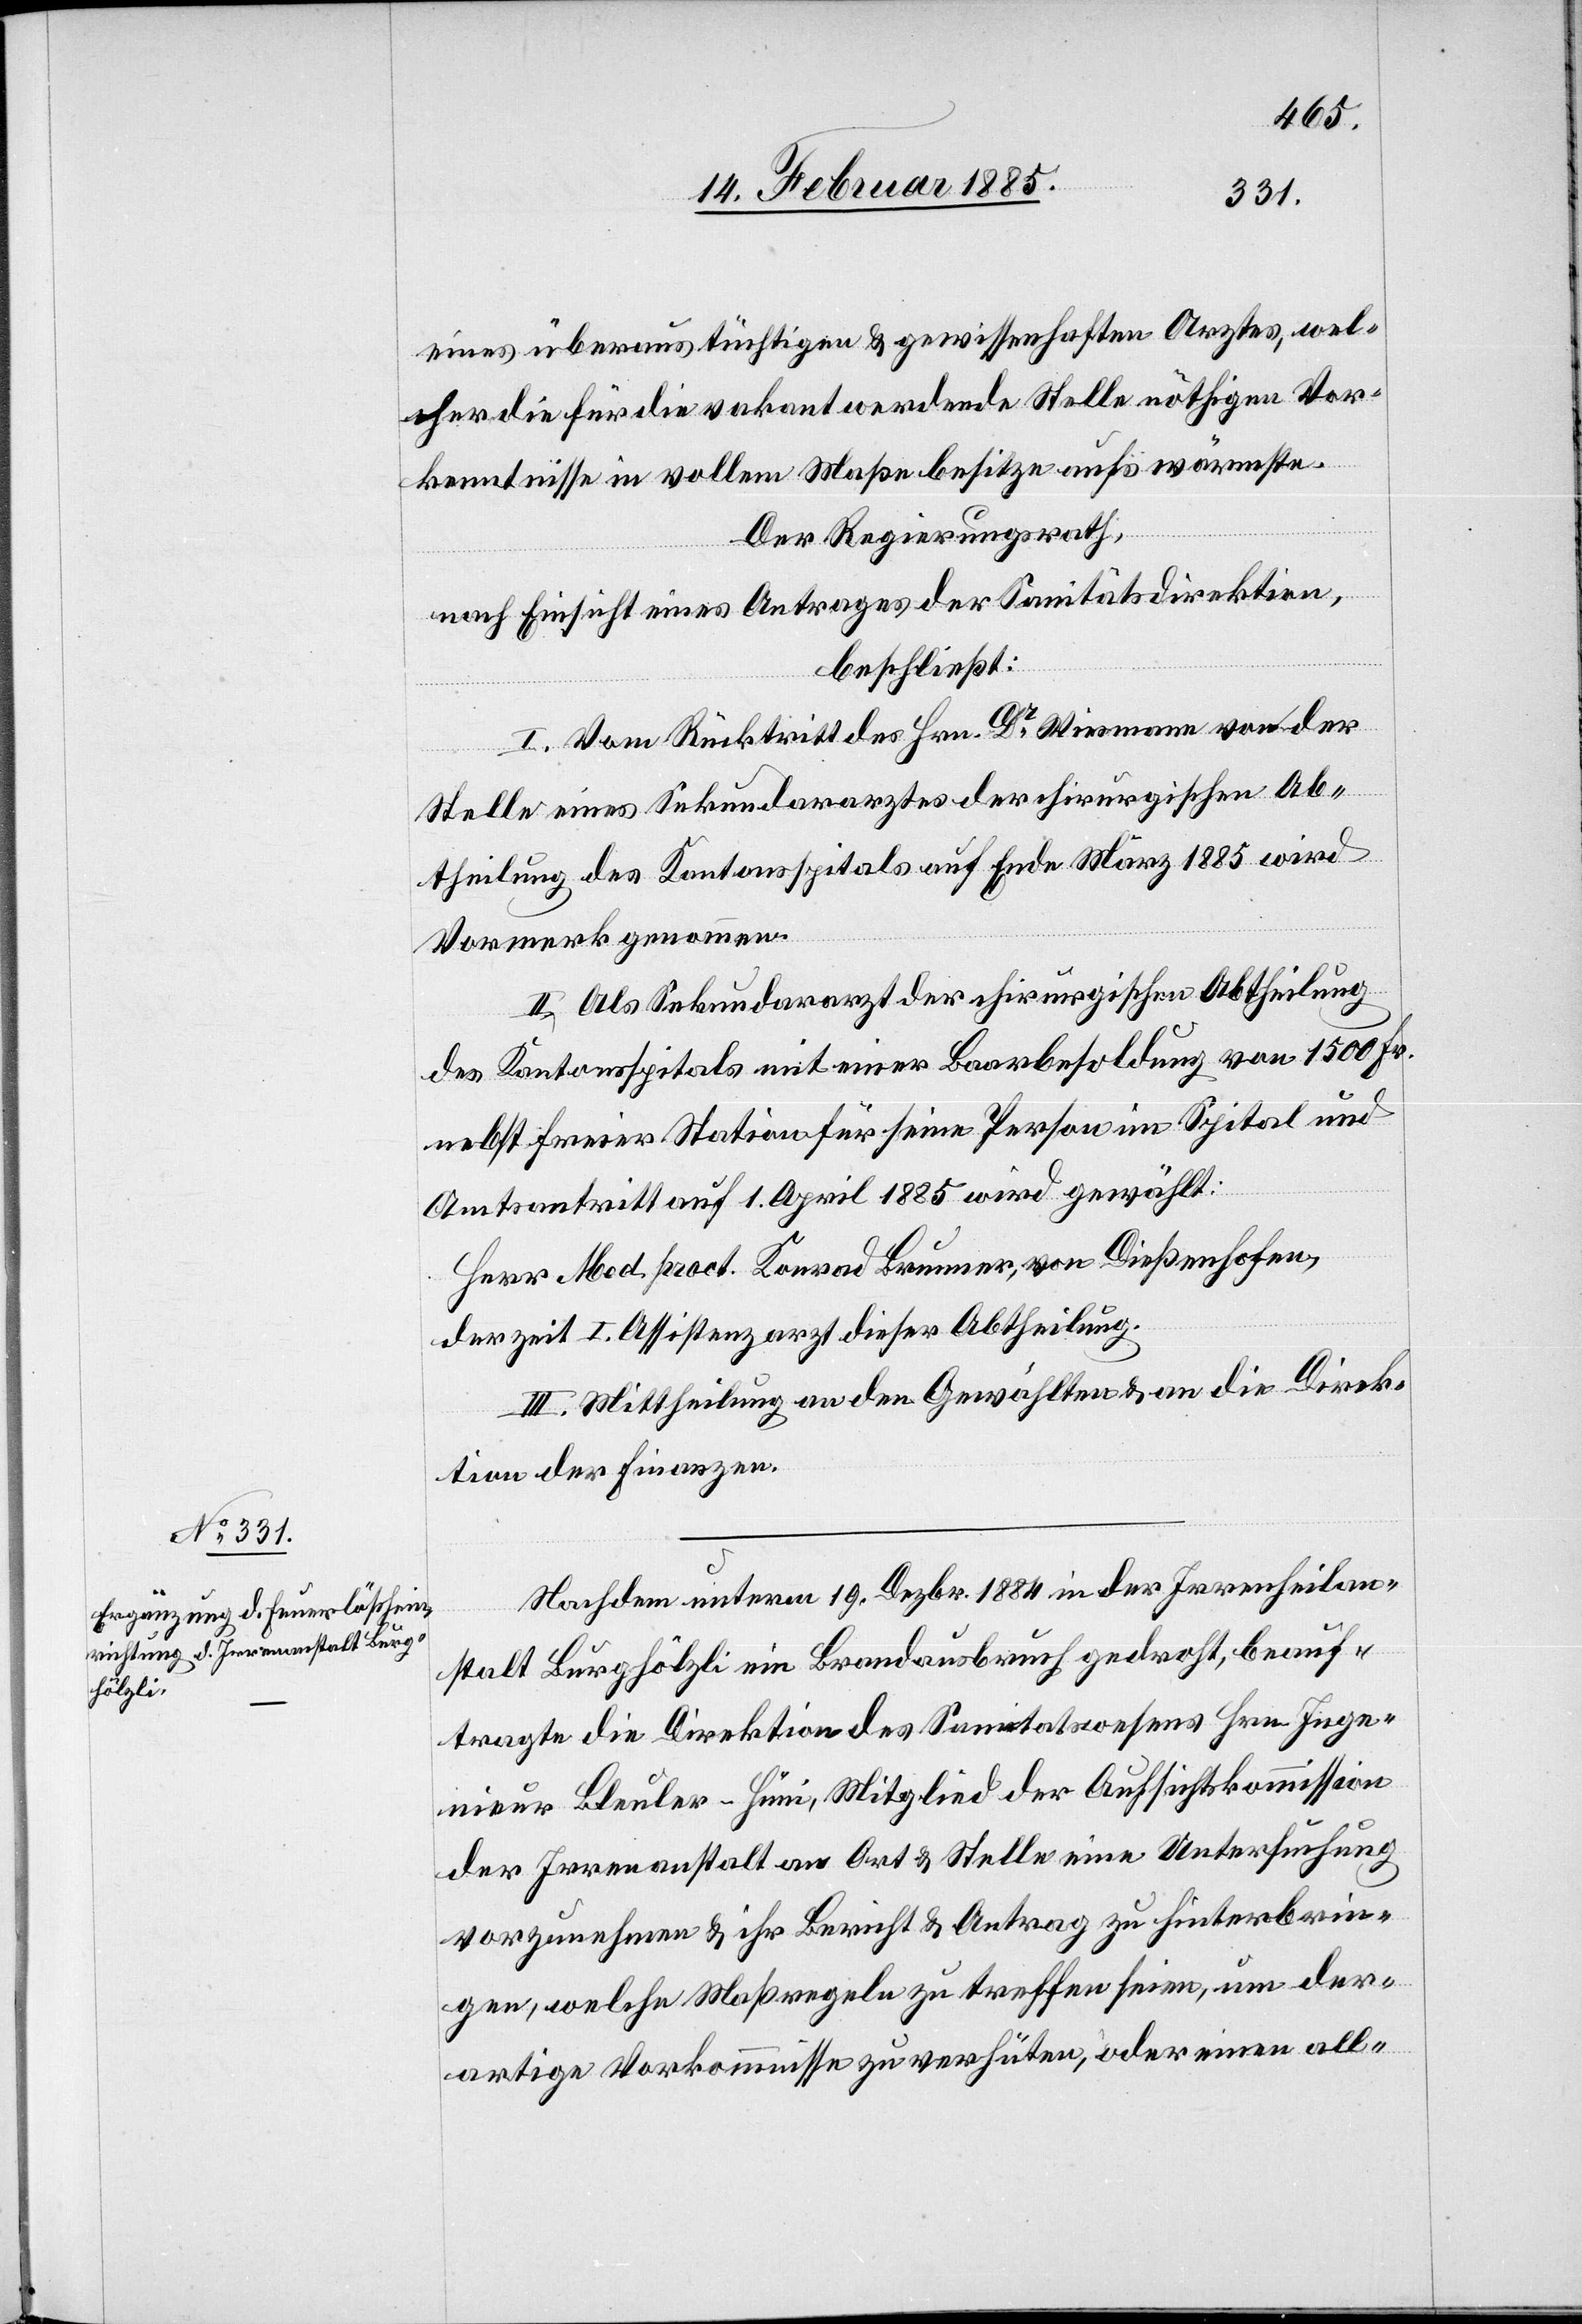
eines überaus tüchtigen & gewissenhaften Arztes, wel¬
cher die für die vakant werdende Stelle nöthigen Vor¬
kenntnisse in vollem Maße besitze aufs wärmste.
Der Regierungsrath,
nach Einsicht eines Antrages der Sanitätsdirektion,
beschließt:
I. Vom Rücktritt des Hrn. Dr Wiesmann von der
Stelle eines Sekundararztes der chirurgischen Ab¬
theilung des Kantonsspitals auf Ende März 1885 wird
Vormerk genommen.
II. Als Sekundararzt der chirurgischen Abtheilung
des Kantonsspitals mit einer Baarbesoldung von 1500 Fr.
nebst freier Station für seine Person im Spital und
Amtsantritt auf 1. April 1885 wird gewählt:
Herr Med. pract. Konrad Brunner, von Dießenhofen,
derzeit I. Assistenzarzt dieser Abtheilung.
III. Mittheilung an den Gewählten & an die Direk¬
tion der Finanzen.
Nachdem unterm 19. Dezbr. 1884 in der Irrenheilan¬
stalt Burghölzli ein Brandausbruch gedroht, beauf¬
tragte die Direktion des Sanitätswesens Hrn. Inge¬
nieur Bleuler-Hüni, Mitglied der Aufsichtskommission
der Irrenanstalt an Ort & Stelle eine Untersuchung
vorzunehmen & ihr Bericht & Antrag zu hinterbrin¬
gen, welche Maßregeln zu treffen seien, um der¬
artige Vorkommnisse zu verhüten, oder einen all-